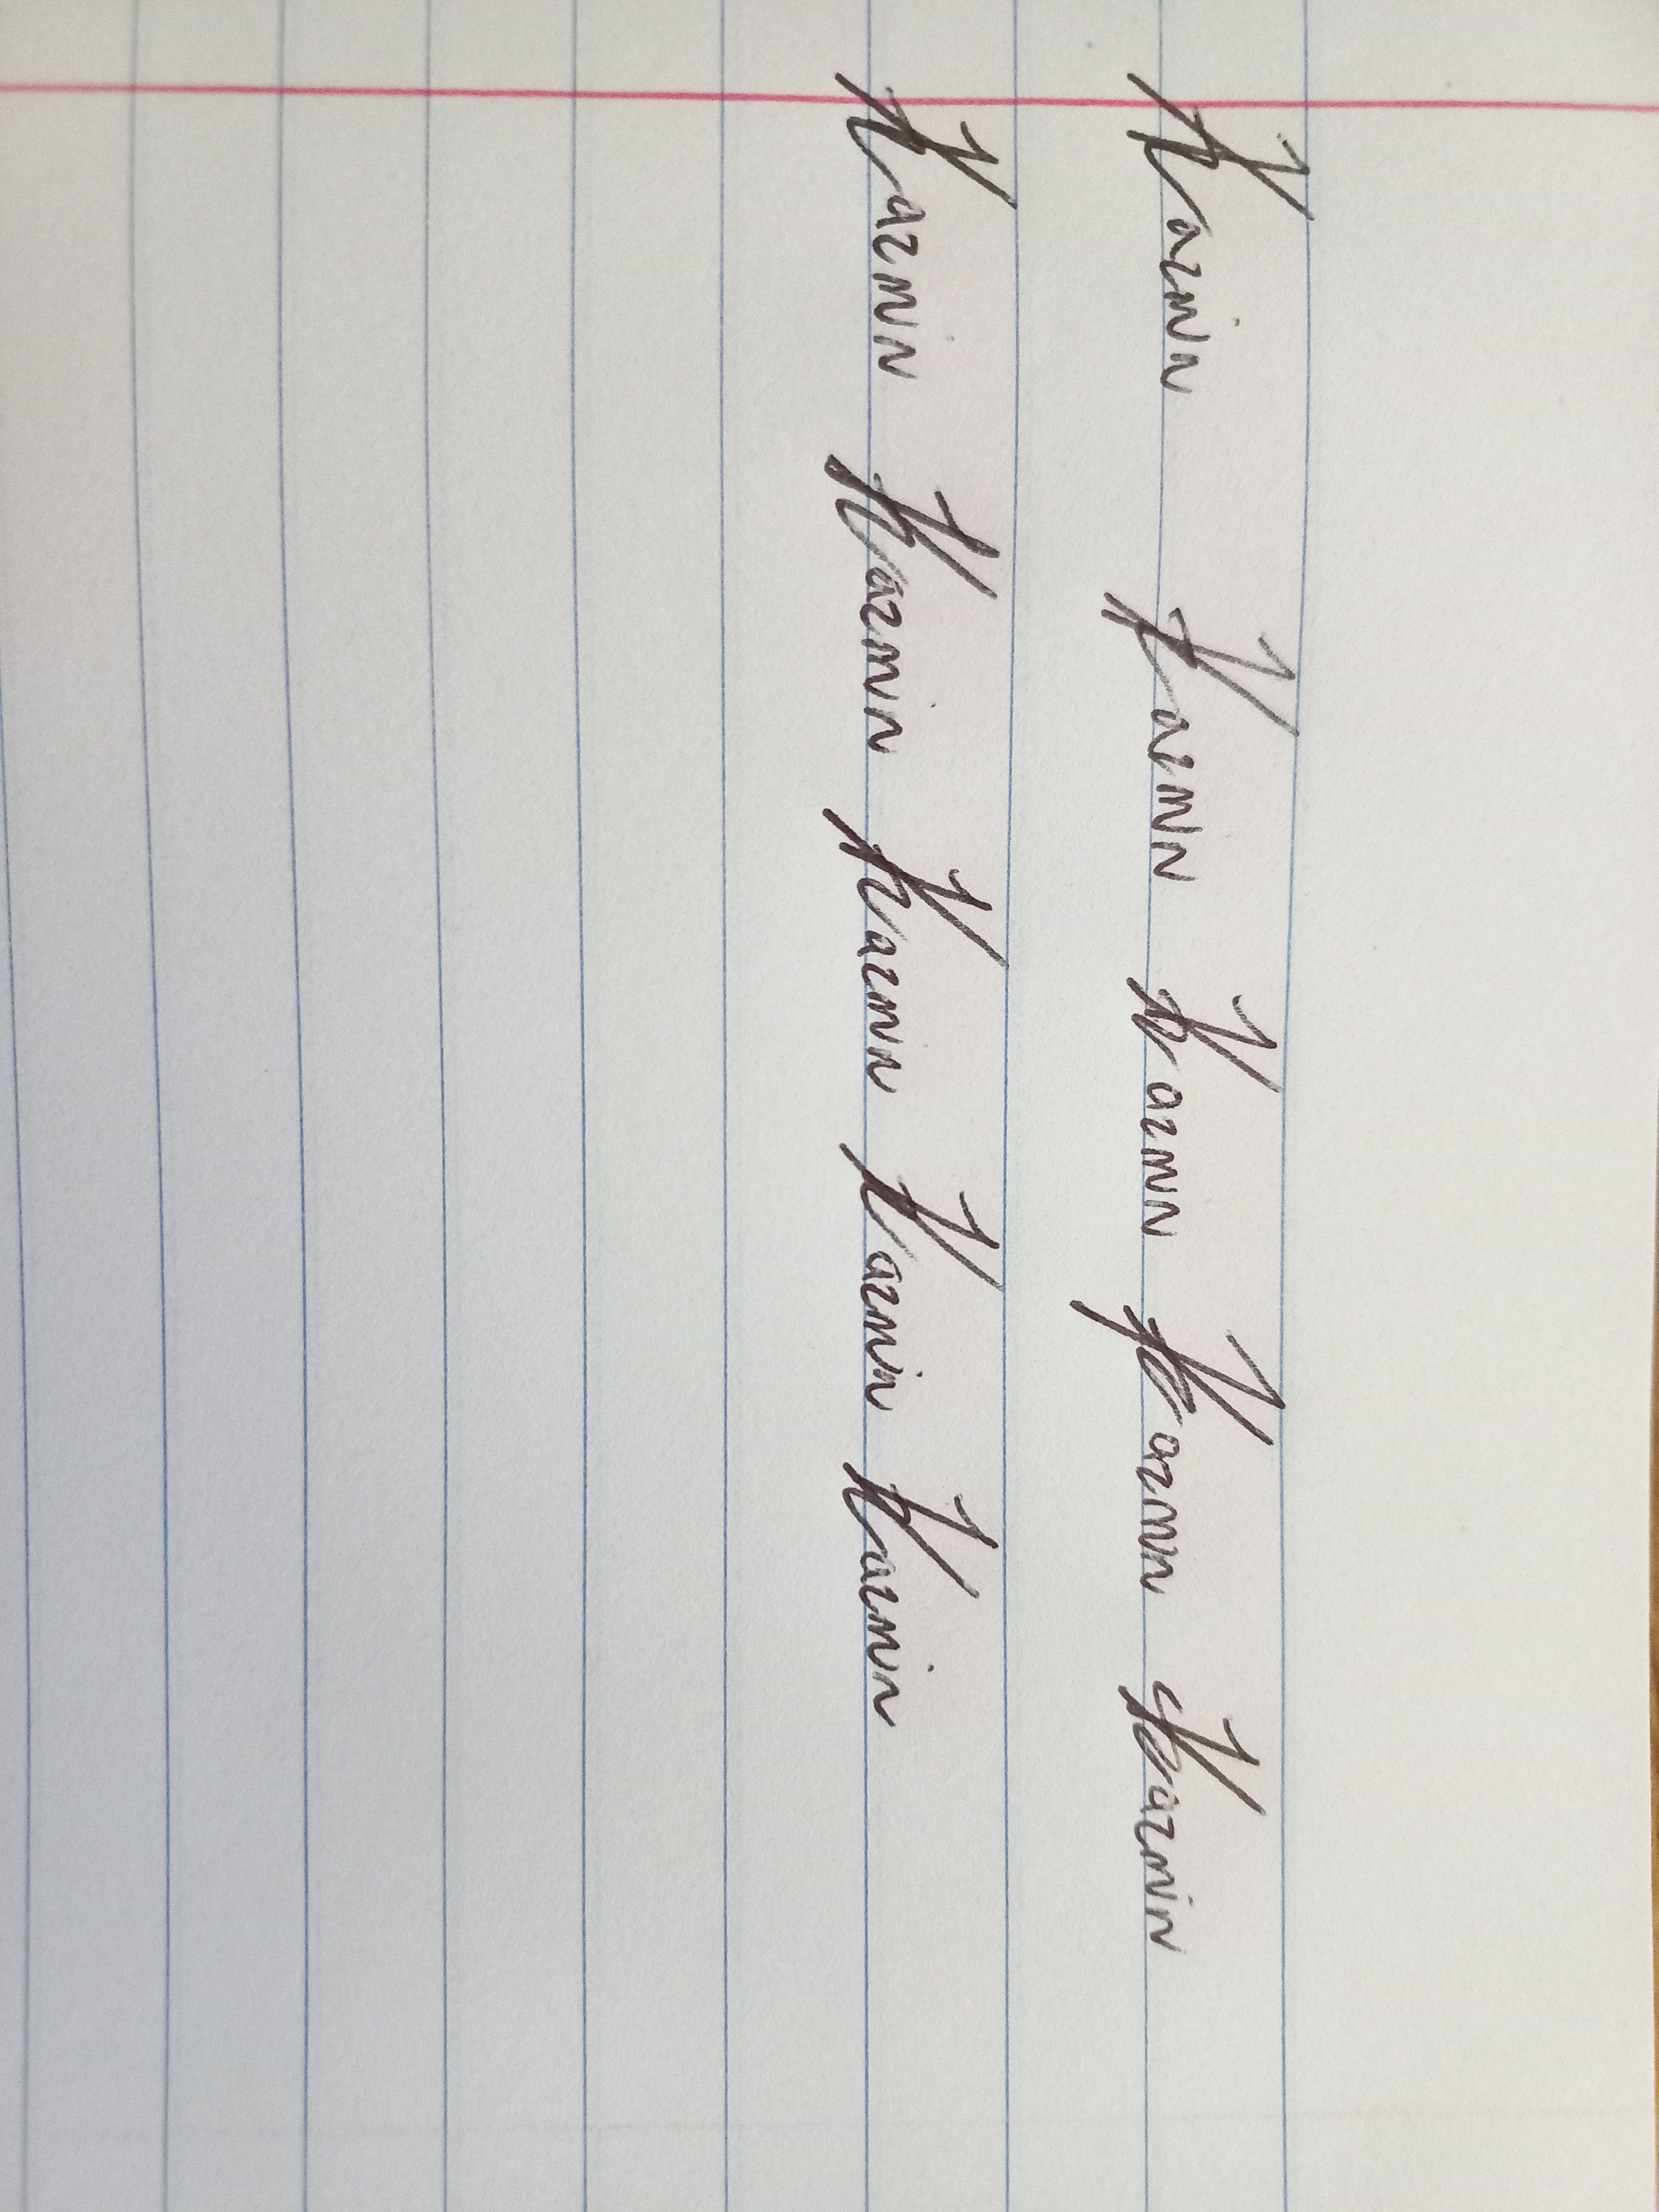
Signature authenticity: genuine